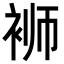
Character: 𬡔